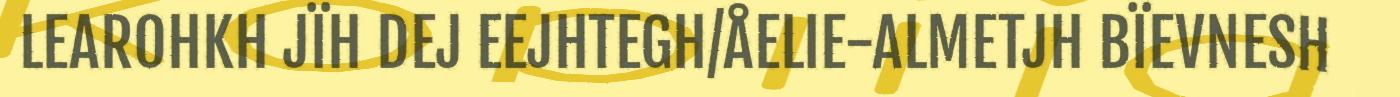
LEAROHKH JÏH DEJ EEJHTEGH/ÅELIE-ALMETJH BÏEVNESH